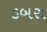
ડબરા